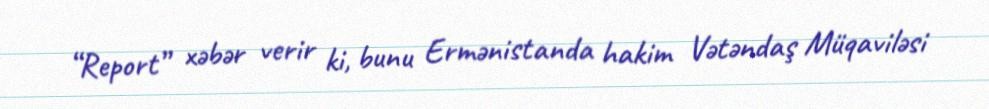
“Report” xəbər verir ki, bunu Ermənistanda hakim Vətəndaş Müqaviləsi